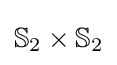
\mathbb {S} _{2}\times \mathbb {S} _{2}